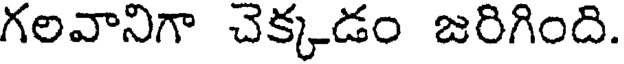
గలవానిగా చెక్కడం జరిగింది.